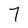
Character: 7